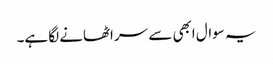
یہ سوال ابھی سے سر اٹھانے لگا ہے۔